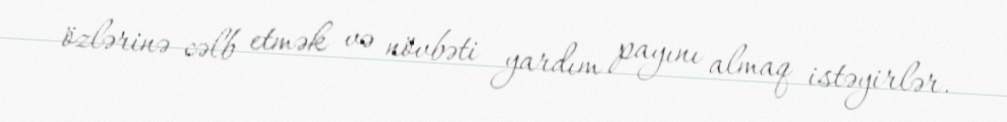
özlərinə cəlb etmək və növbəti yardım payını almaq istəyirlər.